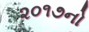
૨૦૧૭નો